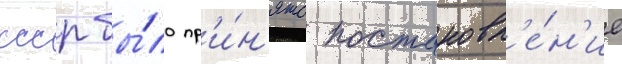
ссср бы́ло пр'и́н'ято постановл'е́н'ие